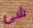
شئ